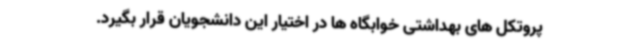
پروتکل های بهداشتی خوابگاه ها در اختیار این دانشجویان قرار بگیرد.